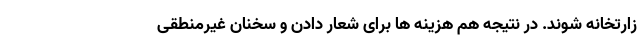
زارتخانه شوند. در نتیجه هم هزینه ها برای شعار دادن و سخنان غیرمنطقی